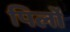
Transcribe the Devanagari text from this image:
पिर्लो